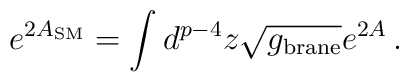
e^{2A_{\rm SM}} = \int d^{p-4} z \sqrt{g_{\rm brane}}  e^{2A}\,.